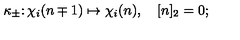
\kappa _ { \pm } \colon \chi _ { i } ( n \mp 1 ) \mapsto \chi _ { i } ( n ) , \quad [ n ] _ { 2 } = 0 ;